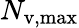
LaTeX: N_{\mathrm{v,max}}